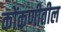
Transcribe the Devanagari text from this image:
कोंकणीतील